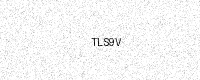
Text: TLS9V